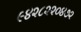
૯૪૨૮૨૨૦૪૭૨